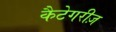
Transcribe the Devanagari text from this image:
कैटेगरीज़